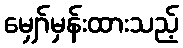
မျှော်မှန်းထားသည့်